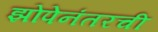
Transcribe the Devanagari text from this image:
झोपेनंतरची